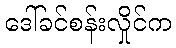
ဒေါ်ခင်စန်းလှိုင်က